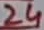
Text: 24